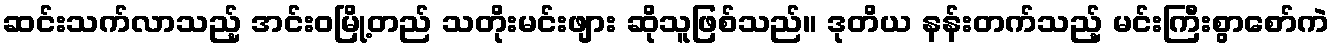
ဆင်းသက်လာသည့် အင်းဝမြို့တည် သတိုးမင်းဖျား ဆိုသူဖြစ်သည်။ ဒုတိယ နန်းတက်သည့် မင်းကြီးစွာစော်ကဲ